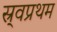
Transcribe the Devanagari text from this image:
स्र्वप्रथम